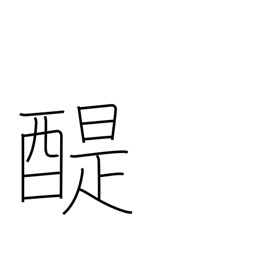
Meaning: good Buddhist teaching